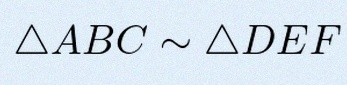
\triangle ABC\sim\triangle DEF